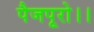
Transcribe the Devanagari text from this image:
पैजपूरो।।